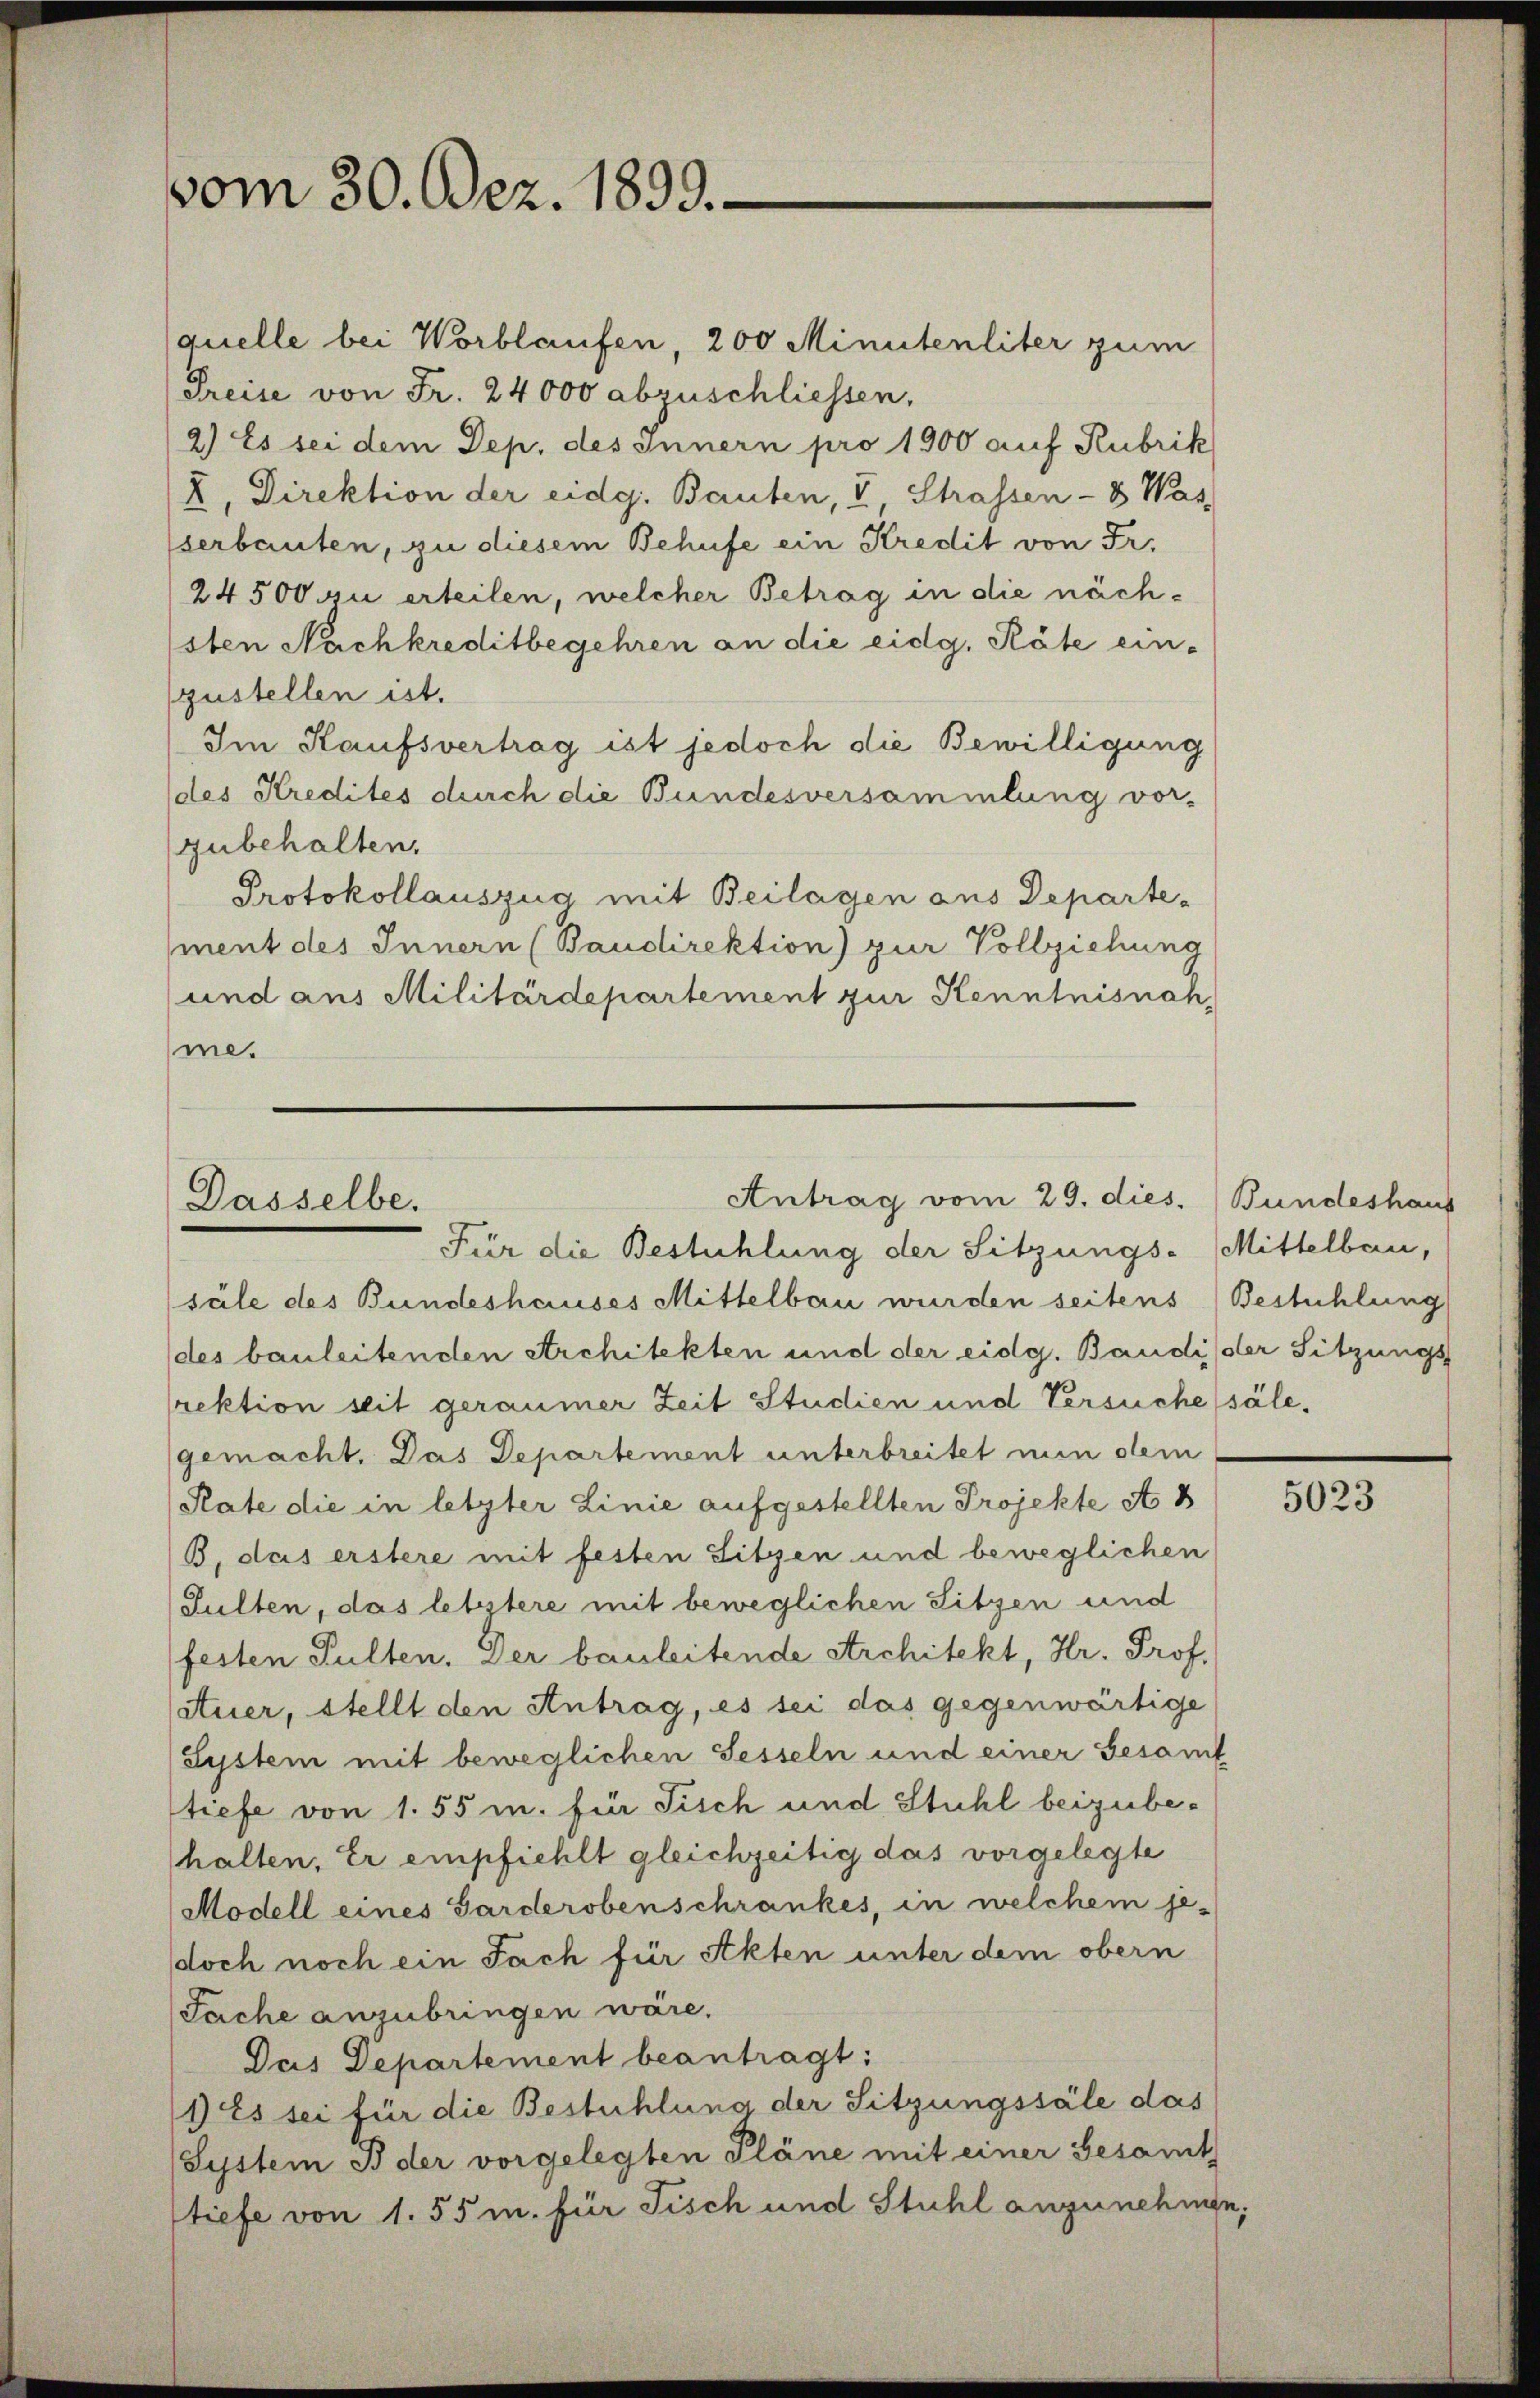
vom 30. Dez. 1899.

Antrag vom 29. dies. Bundeshaus
Dasselbe.

Für die Bestühlung der Sitzungs-Mittelbau,
säle des Bundeshauses Mittelbau wurden seitens Bestühlung
des bauleitenden Architekten und der eidg. Baudi der Sitzungs
rektion seit geraumer Zeit Studien und Versuche sälegemacht. Das Departement unterbreitet nun dem
Rate die in letzter Linie aufgestellten Projekte Ab
B. das erstere mit festen Sitzen und beweglichen
Sulten, das letztere mit beweglichen Sitzen und
festen Pulten. Der bauleitende Architekt, Hr. Prof.
atuer, stellt den Antrag, es sei das gegenwärtige
(System mit beweglichen Sesseln und einer Gesamt
tiefe von 1. 55 u. für Fisch und Stuhl beizubehalten, Er empfiehlt gleichzeitig das vorgelegte
Modell eines Sarderoben schrankes, in welchem jedoch noch ein Fach für Akten unter dem obern
Fache anzubringen wäre.
Das Departement beantragt:
1) Es sei für die Bestühlung der Sitzungssäle das
System B der vorgelegten Pläne mit einer Gesamt
Stiefe von 1. 55 m. für Fisch und Stuhl anzunehnge;

(quelle bei Worblaufen, 200 Minutenliter zum
Preise von Fr. 24000 abzuschliessen,
2) Es sei dem Dep. des Innern pro 1900 auf Rubrik
2. Direktion der eidg. Bauten, V Strassen - 8 Was
serbauten, zu diesem Behufe ein Kredit von Fr.
24500 zu erteilen, welcher Betrag in die nächsten Nachkreditbegehren an die eidg. Räte ein-
gustellen ist.
Im Kaufsvertrag ist jedoch die Bewilligung
(des Kredites durch die Bundesversammlung vor-
zubehalten.
Protokollauszug mit Beilagen aus Departement des Innern (Baudirektion) zur Vollziehung
und aus Militärdepartement zur Kenntnisnah
me.

5023